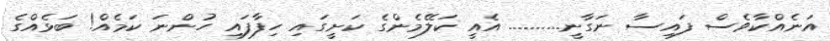
އަނެއްކާވެސް ފައިސާ ނަގާނީ.......... އެއީ ކަލޭމެންގެ ކަށީގައި ހިފާފައި ހުންނަ ކަމެއް! ބަޅެއްގެ